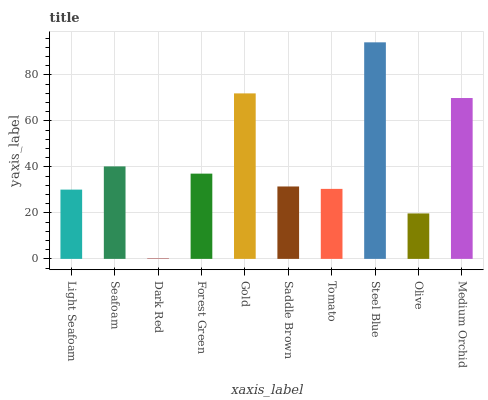
| xaxis_label | bars |
 | --- | --- |
 | Light Seafoam | 30.1 |
 | Seafoam | 40.2 |
 | Dark Red | 0.157 |
 | Forest Green | 37.1 |
 | Gold | 72 |
 | Saddle Brown | 31.5 |
 | Tomato | 30.4 |
 | Steel Blue | 94.2 |
 | Olive | 19.8 |
 | Medium Orchid | 70 |